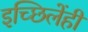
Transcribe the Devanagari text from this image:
इच्छिलेंही